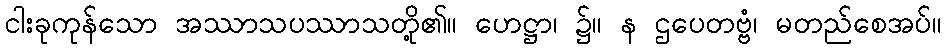
ငါးခုကုန်သော အဿာသပဿာသတို့၏။ ဟေဋ္ဌာ၊ ၌။ န ဌပေတဗ္ဗံ၊ မတည်စေအပ်။